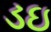
ડઇ